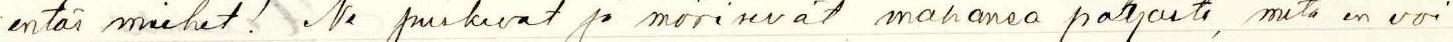
entäs miehet! Ne parkuvat ja mörisevät mahansa pohjasta, mitä en voi